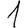
Digit: 1